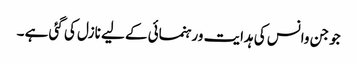
جو جن وانس کی ہدایت ورہنمائی کے لیے نازل کی گئی ہے ۔